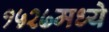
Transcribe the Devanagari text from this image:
१५२७मध्ये